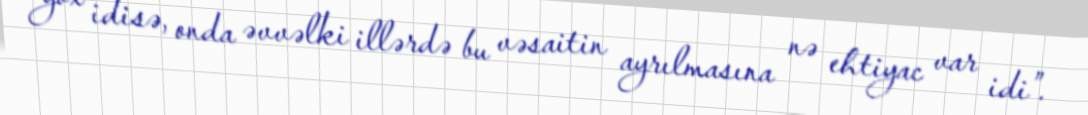
yox idisə, onda əvvəlki illərdə bu vəsaitin ayrılmasına nə ehtiyac var idi”.